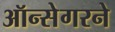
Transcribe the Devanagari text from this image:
ऑन्सेगरने